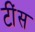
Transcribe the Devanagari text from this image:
टींस